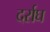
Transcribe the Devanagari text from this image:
दर्राघ